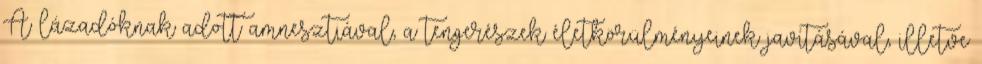
A lázadóknak adott amnesztiával, a tengerészek életkörülményeinek javításával, illetve